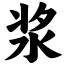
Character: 浆